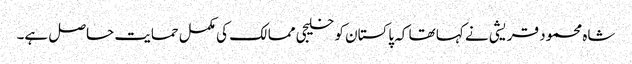
شاہ محمود قریشی نے کہا تھا کہ پاکستان کو خلیجی ممالک کی مکمل حمایت حاصل ہے۔